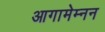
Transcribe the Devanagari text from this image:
आगामेम्नन